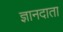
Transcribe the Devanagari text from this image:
ज्ञानदाता